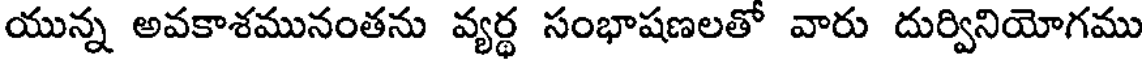
యున్న అవకాశమునంతను వ్యర్థ సంభాషణలతో వారు దుర్వినియోగము